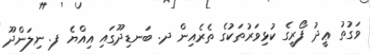
ވަގުތު ޢީދު ފޯރީގެ ކުޅިވަރުތަކުގެ ތެރެއިން ދ. ބަނޑިދޫގައި އިއްޔެ ފ. ނިލަންދޫ